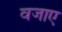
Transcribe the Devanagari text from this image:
वजाए